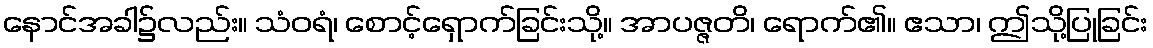
နောင်အခါ၌လည်း။ သံဝရံ၊ စောင့်ရှောက်ခြင်းသို့။ အာပဇ္ဇတိ၊ ရောက်၏။ ဧသာ၊ ဤသို့ပြုခြင်း